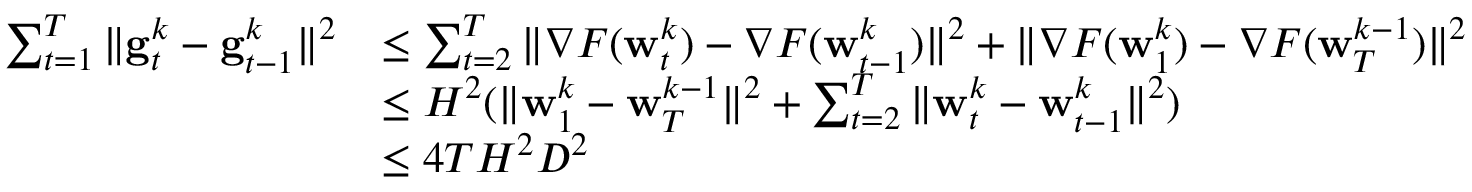
\begin{array} { r l } { \sum _ { t = 1 } ^ { T } \| \mathbf { g } _ { t } ^ { k } - \mathbf { g } _ { t - 1 } ^ { k } \| ^ { 2 } } & { \le \sum _ { t = 2 } ^ { T } \| \nabla F ( { \mathbf w } _ { t } ^ { k } ) - \nabla F ( { \mathbf w } _ { t - 1 } ^ { k } ) \| ^ { 2 } + \| \nabla F ( { \mathbf w } _ { 1 } ^ { k } ) - \nabla F ( { \mathbf w } _ { T } ^ { k - 1 } ) \| ^ { 2 } } \\ & { \le H ^ { 2 } ( \| { \mathbf w } _ { 1 } ^ { k } - { \mathbf w } _ { T } ^ { k - 1 } \| ^ { 2 } + \sum _ { t = 2 } ^ { T } \| { \mathbf w } _ { t } ^ { k } - { \mathbf w } _ { t - 1 } ^ { k } \| ^ { 2 } ) } \\ & { \le 4 T H ^ { 2 } D ^ { 2 } } \end{array}